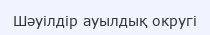
Шәуілдір ауылдық округі